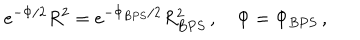
e ^ { - \Phi / 2 } R ^ { 2 } = e ^ { - \Phi _ { B P S } / 2 } R _ { B P S } ^ { 2 } \, , \quad \Phi = \Phi _ { B P S } \, ,